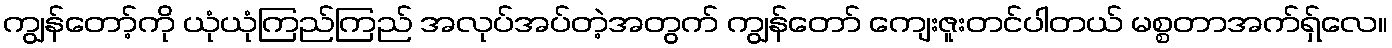
ကျွန်တော့်ကို ယုံယုံကြည်ကြည် အလုပ်အပ်တဲ့အတွက် ကျွန်တော် ကျေးဇူးတင်ပါတယ် မစ္စတာအက်ရှ်လေ။